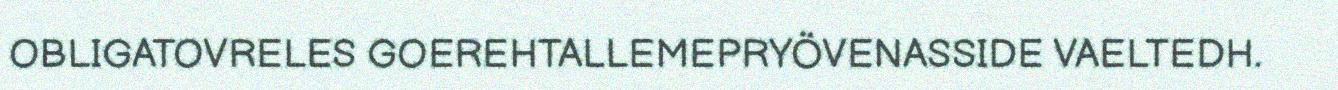
OBLIGATOVRELES GOEREHTALLEMEPRYÖVENASSIDE VAELTEDH.